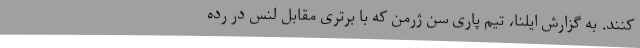
کنند. به گزارش ایلنا، تیم پاری سن ژرمن که با برتری مقابل لنس در رده